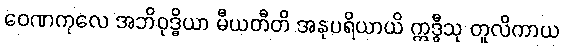
ဝေဏကုလေ အဘိဝုဒ္ဓိယာ မီယတီတိ အနုပရိယာယိ ဣဒ္ဓီသု တူလိကာယ